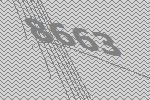
8663